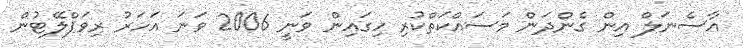
އާސެނަލް އިން ގެންދަން މަސައްކަތްކުރި ހިގައިން ވަނީ 2006 ވަނަ އަހަރު ރިވަޕްލޭޓުން